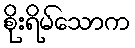
စိုးရိမ်သောက